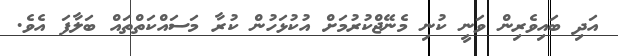
އަދި ބައިވެރިން ވަނީ ކުނި މެނޭޖްކުރުމަށް އުކުޅަހުން ކުރާ މަސައްކަތްތައް ބަލާފަ އެވެ.